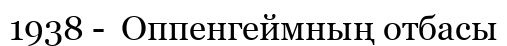
1938 -  Оппенгеймның отбасы